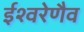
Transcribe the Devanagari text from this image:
ईश्वरेणैव